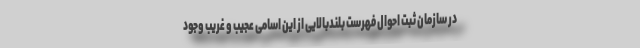
در سازمان ثبت احوال فهرست بلندبالایی از این اسامی عجیب و غریب وجود